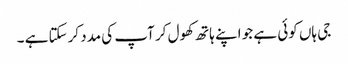
جی ہاں کوئی ہے جو اپنے ہاتھ کھول کر آپ کی مدد کرسکتا ہے ۔